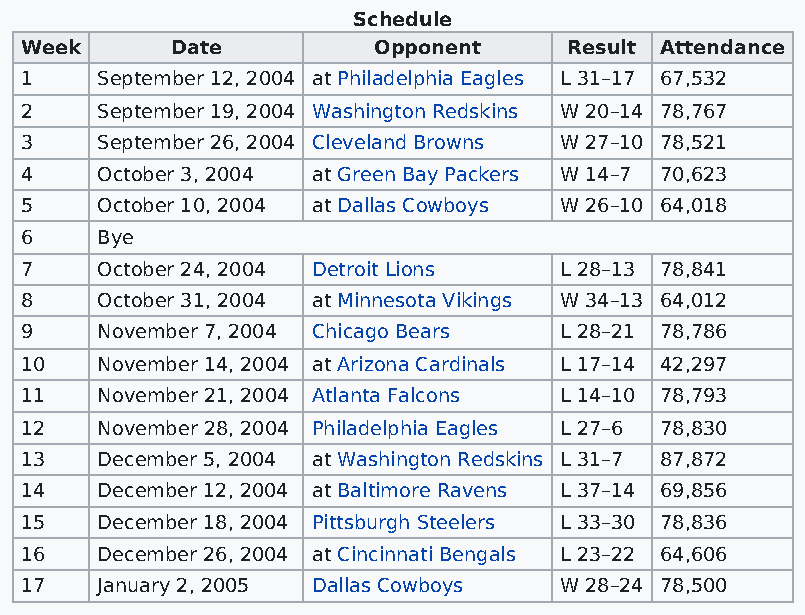
Schedule
 Week      Date          Opponent     Result Attendance
 1    September 12, 2004 at Philadelphia Eagles L 31–17 67,532
 2    September 19, 2004 Washington Redskins W 20–14 78,767
 3    September 26, 2004 Cleveland Browns W 27–10 78,521
 4    October 3, 2004 at Green Bay Packers W 14–7 70,623
 5    October 10, 2004 at Dallas Cowboys W 26–10 64,018
 6    Bye
 7    October 24, 2004 Detroit Lions L 28–13 78,841
 8    October 31, 2004 at Minnesota Vikings W 34–13 64,012
 9    November 7, 2004 Chicago Bears L 28–21 78,786
 10   November 14, 2004 at Arizona Cardinals L 17–14 42,297
 11   November 21, 2004 Atlanta Falcons L 14–10 78,793
 12   November 28, 2004 Philadelphia Eagles L 27–6 78,830
 13   December 5, 2004 at Washington Redskins L 31–7 87,872
 14   December 12, 2004 at Baltimore Ravens L 37–14 69,856
 15   December 18, 2004 Pittsburgh Steelers L 33–30 78,836
 16   December 26, 2004 at Cincinnati Bengals L 23–22 64,606
 17   January 2, 2005 Dallas Cowboys W 28–24 78,500